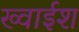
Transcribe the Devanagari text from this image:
ख्वाईश